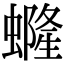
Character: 𧑟